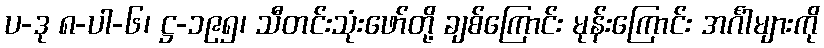
ပ-ဒု ၈-ပါ-၆၊ ဋ္ဌ-၁၉၅၊ သီတင်းသုံးဖော်တို့ ချစ်ကြောင်း မုန်းကြောင်း အင်္ဂါများကို